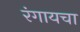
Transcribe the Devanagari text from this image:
रंगायचा